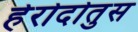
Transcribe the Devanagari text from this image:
हेरोदोतुस